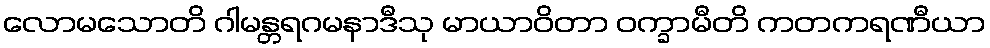
လောမသောတိ ဂါမန္တရဂမနာဒီသု မာယာဝိတာ ဝက္ခာမီတိ ကတကရဏီယာ